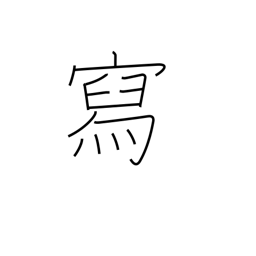
Meaning: describe